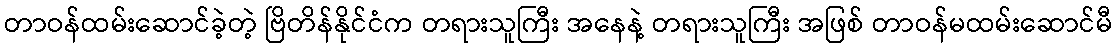
တာဝန်ထမ်းဆောင်ခဲ့တဲ့ ဗြိတိန်နိုင်ငံက တရားသူကြီး အနေနဲ့ တရားသူကြီး အဖြစ် တာဝန်မထမ်းဆောင်မီ